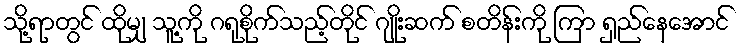
သို့ရာတွင် ထိုမျှ သူ့ကို ဂရုစိုက်သည့်တိုင် ဂျိုးဆက် စတိန်းကို ကြာ ရှည်နေအောင်